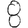
Digit: 8